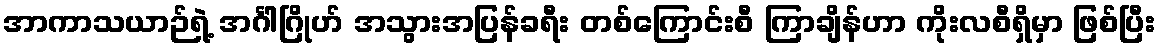
အာကာသယာဉ်ရဲ့ အင်္ဂါဂြိုဟ် အသွားအပြန်ခရီး တစ်ကြောင်းစီ ကြာချိန်ဟာ ကိုးလစီရှိမှာ ဖြစ်ပြီး